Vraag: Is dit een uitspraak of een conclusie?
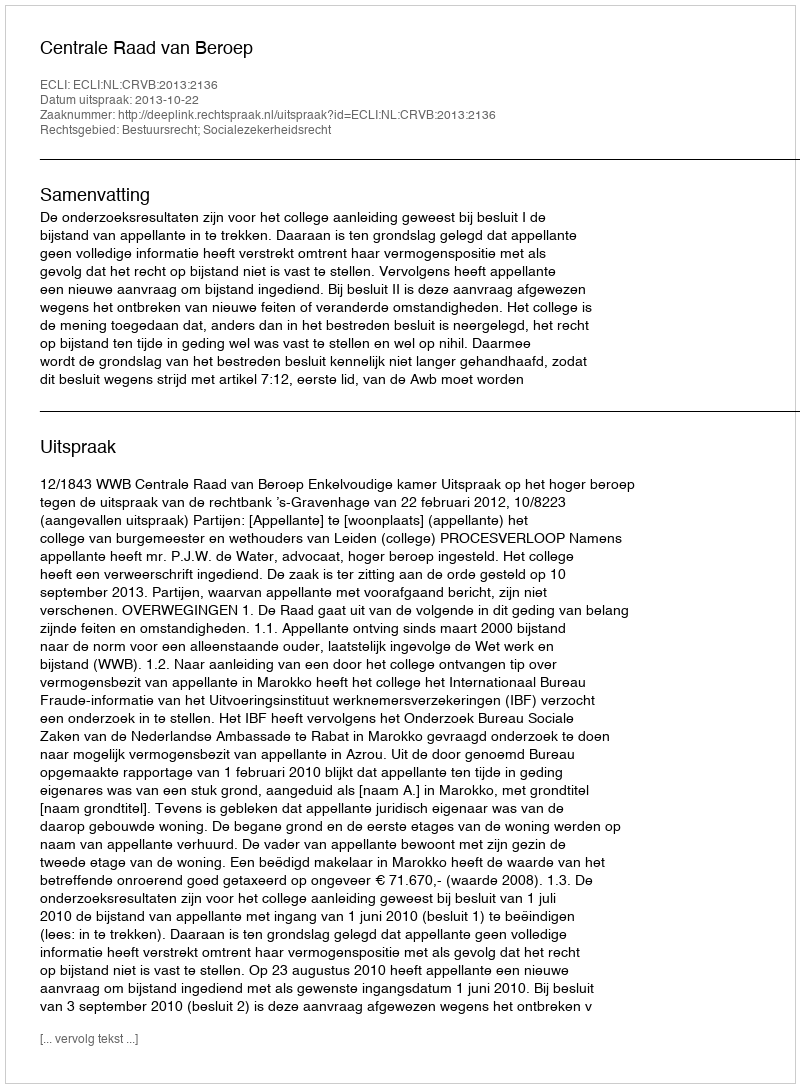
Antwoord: Uitspraak